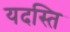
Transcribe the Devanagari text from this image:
यदस्ति